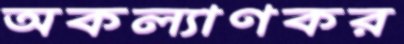
অকল্যাণকর